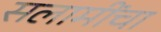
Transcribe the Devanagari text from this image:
सलामींचा